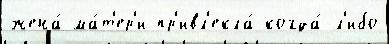
жена́ ма́т'ер'и пр'ивл'екла́ когда́-л'ибо